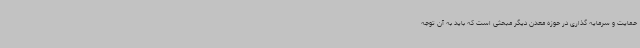
حمایت و سرمایه گذاری در حوزه معدن دیگر مبحثی است که باید به آن توجه